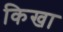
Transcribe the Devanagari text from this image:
किखा